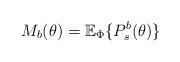
LaTeX: \begin{align*} M_b(\theta)=\mathbb{E}_{\Phi}\{P_s^b(\theta)\}\end{align*}